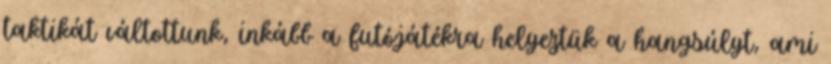
taktikát váltottunk, inkább a futójátékra helyeztük a hangsúlyt, ami